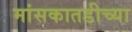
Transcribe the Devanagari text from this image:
मांसकातडीच्या